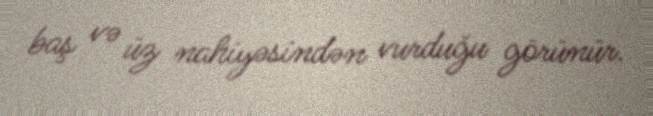
baş və üz nahiyəsindən vurduğu görünür.